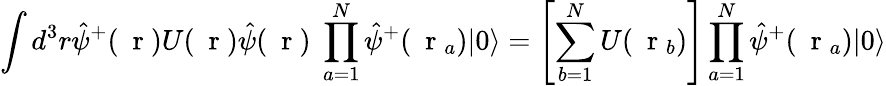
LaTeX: \int d^{3}r\hat{\psi}^{+}(\mathrm{~\mathbf~r~})U(\mathrm{~\mathbf~r~})\hat{\psi}(\mathrm{~\mathbf~r~})\; \prod_{a=1}^{N}\hat{\psi}^{+}(\mathrm{~\mathbf~r~}_{a})|0\rangle=\left[\sum_{b=1}^{N}U(\mathrm{~\mathbf~r~}_{b})\right]\prod_{a=1}^{N}\hat{\psi}^{+}(\mathrm{~\mathbf~r~}_{a})|0\rangle